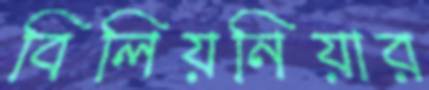
বিলিয়নিয়ার